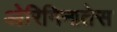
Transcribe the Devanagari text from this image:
ओरिगिनातेस